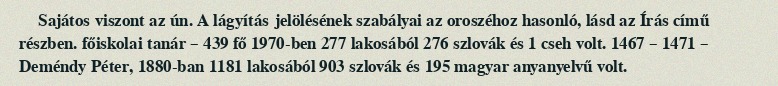
Sajátos viszont az ún. A lágyítás jelölésének szabályai az oroszéhoz hasonló, lásd az Írás című részben. főiskolai tanár – 439 fő 1970-ben 277 lakosából 276 szlovák és 1 cseh volt. 1467 – 1471 – Deméndy Péter, 1880-ban 1181 lakosából 903 szlovák és 195 magyar anyanyelvű volt.